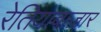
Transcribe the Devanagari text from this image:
रेतियाबाज़ार